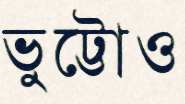
ভুট্টোও